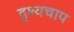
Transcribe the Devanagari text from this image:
दृश्यचाप